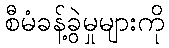
စီမံခန့်ခွဲမှုများကို